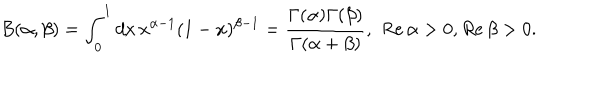
LaTeX: B ( \alpha , \beta ) = \int _ { 0 } ^ { 1 } d x \, x ^ { \alpha - 1 } ( 1 - x ) ^ { \beta - 1 } = \frac { \Gamma ( \alpha ) \Gamma ( \beta ) } { \Gamma ( \alpha + \beta ) } , \, \, R e \, \alpha > 0 , R e \, \beta > 0 .